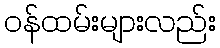
ဝန်ထမ်းများလည်း